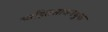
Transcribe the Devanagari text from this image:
स्वहितसाधनयुग्त